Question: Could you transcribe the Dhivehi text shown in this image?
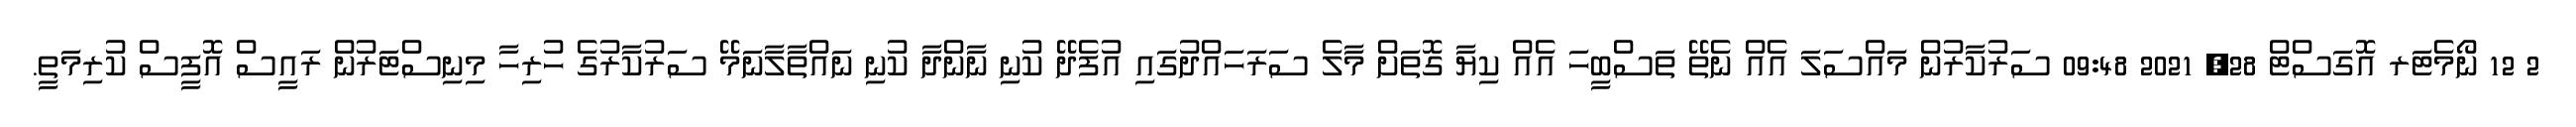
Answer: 2 12 ނޯމެޓަރ އޮގަސްޓް 28, 2021 09:48 ސަރުކާރުން މައްސަލަ އެއް ނެތޭ ތަސްބީހަ އެއް ކިޔާ ގޮތަށް މާލެ ސަރަހައްދުގައި އުފެދޭ ކުނި ނާންދާ ކުނި ނައްތާލާނަމޭ ސަރުކާރުގެ ހުރިހާ މިނިސްޓަރުން ރައީސް އޮފީސް ކުރިމަތީ.